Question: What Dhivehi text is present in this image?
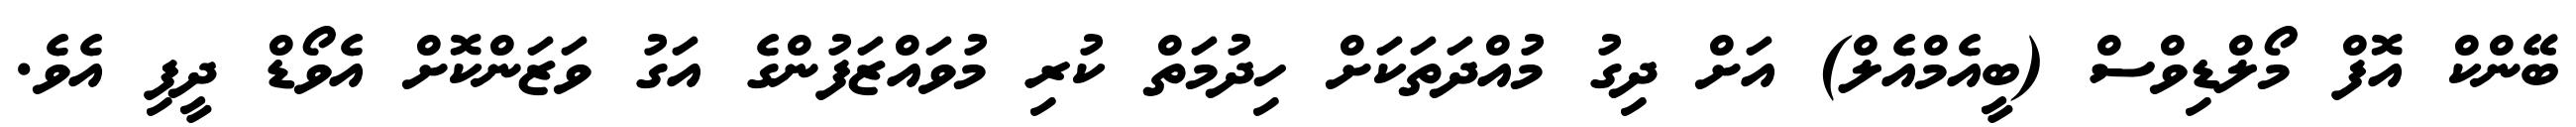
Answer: ބޭންކް އޮފް މޯލްޑިވްސް (ބީއެމްއެލް) އަށް ދިގު މުއްދަތަކަށް ހިދުމަތް ކުރި މުވައްޒަފުންގެ އަގު ވަޒަންކޮށް އެވޯޑް ދީފި އެވެ.